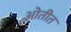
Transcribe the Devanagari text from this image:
ओतीत